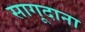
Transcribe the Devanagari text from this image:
सागूदाना